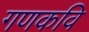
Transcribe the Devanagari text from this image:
गणकवि